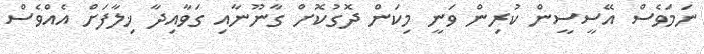
ނަމަވެސް އޭސީސީން ކުރިން ވަނީ މިކަން ދޮގުކޮށް ގާނޫނާއި ގަވާއިދާ ޚިލާފަށް އެއްވެސް